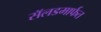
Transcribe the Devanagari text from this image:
सॅलडमार्फत